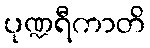
ပုဏ္ဍရီကာတိ